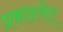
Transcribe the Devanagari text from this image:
प्रकाशयेत्